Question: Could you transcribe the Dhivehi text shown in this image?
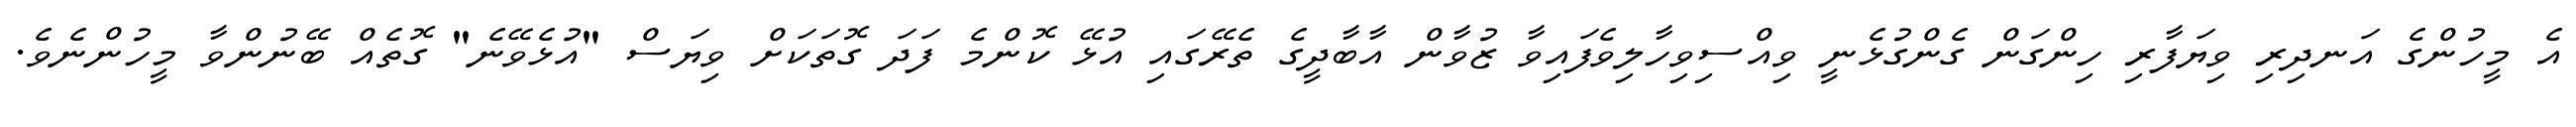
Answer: އެ މީހުންގެ އަނދިރި ވިޔަފާރި ހިންގަން ގެންގުޅެނީ ވިއްސިވިހާލިވެފައިވާ ޒުވާން އާބާދީގެ ތެރޭގައި އުޅޭ ކޮންމެ ފަދަ ގޮތަކަށް ވިޔަސް "އުޅެވޭނެ" ގޮތެއް ބޭނުންވާ މީހުންނެވެ.